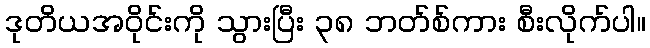
ဒုတိယအဝိုင်းကို သွားပြီး ၃၈ ဘတ်စ်ကား စီးလိုက်ပါ။